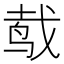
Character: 𱉧